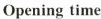
Opening time